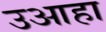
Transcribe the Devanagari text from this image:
उआहा